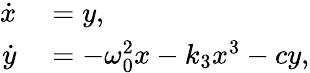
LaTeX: \begin{array}{rl}{\dot{x}}&{{}=y,}\\ {\dot{y}}&{{}=-\omega_{0}^{2}x-k_{3}x^{3}-cy,}\end{array}